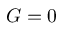
G = 0